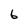
Character: 6